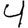
Digit: 4